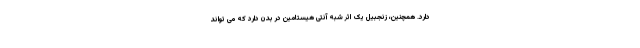
دارد. همچنین، زنجبیل یک اثر شبه آنتی هیستامین در بدن دارد که می تواند